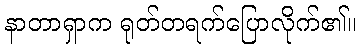
နာတာရှာက ရုတ်တရက်ပြောလိုက်၏။